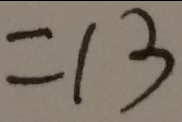
= 1 3